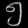
Digit: ၅